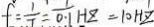
f = \frac { 1 } { T } = \frac { 1 } { 0 . 1 } H z = 1 0 H z